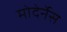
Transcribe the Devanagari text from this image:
मोदेर्नेस